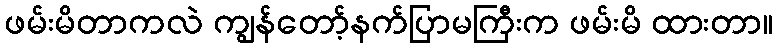
ဖမ်းမိတာကလဲ ကျွန်တော့်နက်ပြာမကြီးက ဖမ်းမိ ထားတာ။